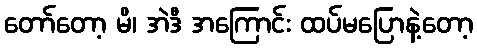
တော်တော့ မိ၊ အဲဒီ အကြောင်း ထပ်မပြောနဲ့တော့